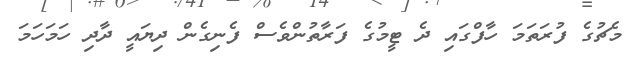
މެޗުގެ ފުރަތަމަ ހާފްގައި ދެ ޓީމުގެ ފަރާތުންވެސް ފެނިގެން ދިޔައީ ދާދި ހަމަހަމަ